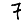
Digit: 7